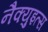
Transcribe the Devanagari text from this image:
नैक्युइत्स